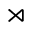
\rtimes